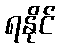
ရနိုင်